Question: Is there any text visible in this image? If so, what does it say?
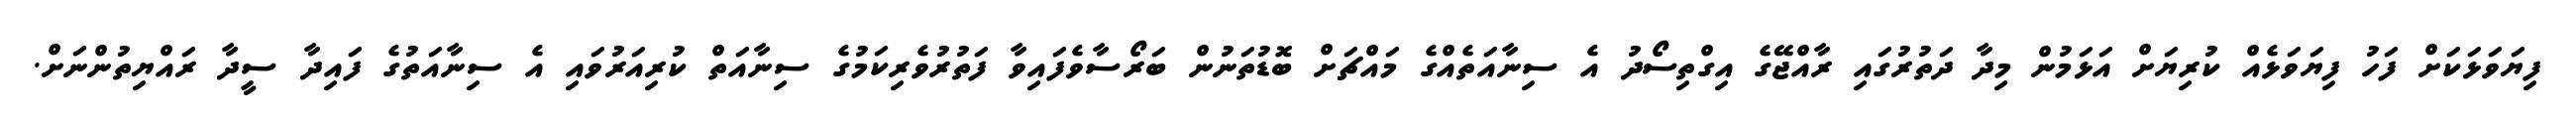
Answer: ފިޔަވަޅަކަށް ފަހު ފިޔަވަޅެއް ކުރިޔަށް އަޅަމުން މިދާ ދަތުރުގައި ރާއްޖޭގެ އިގްތިސޯދު އެ ސިނާއަތެއްގެ މައްޗަށް ބޮޑުތަނުން ބަރޯސާވެފައިވާ ފަތުރުވެރިކަމުގެ ސިނާއަތް ކުރިއަރުވައި އެ ސިނާއަތުގެ ފައިދާ ސީދާ ރައްޔިތުންނަށް.